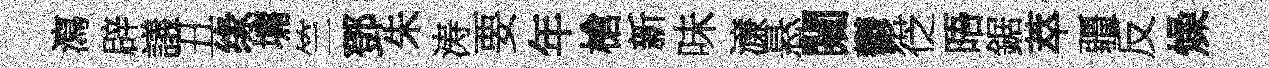
瀉辟議丑缘墉竺鄧朱涛要年槍新味濓悬闚鬱徔晤鋸萃疆反燥